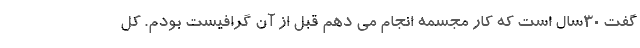
گفت 30سال است که کار مجسمه انجام می دهم قبل از آن گرافیست بودم. کل